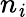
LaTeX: n_{\mathit{i}}